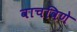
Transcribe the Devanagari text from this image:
वाचविणे